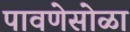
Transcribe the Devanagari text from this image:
पावणेसोळा